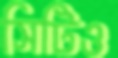
সিটিও